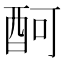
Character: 酠